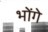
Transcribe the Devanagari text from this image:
भोंगे